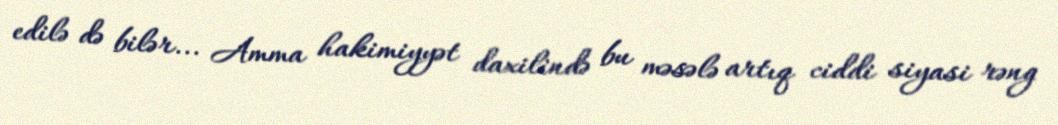
edilə də bilər... Amma hakimiyyət daxilində bu məsələ artıq ciddi siyasi rəng